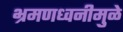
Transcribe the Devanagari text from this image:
भ्रमणध्वनीमुळे